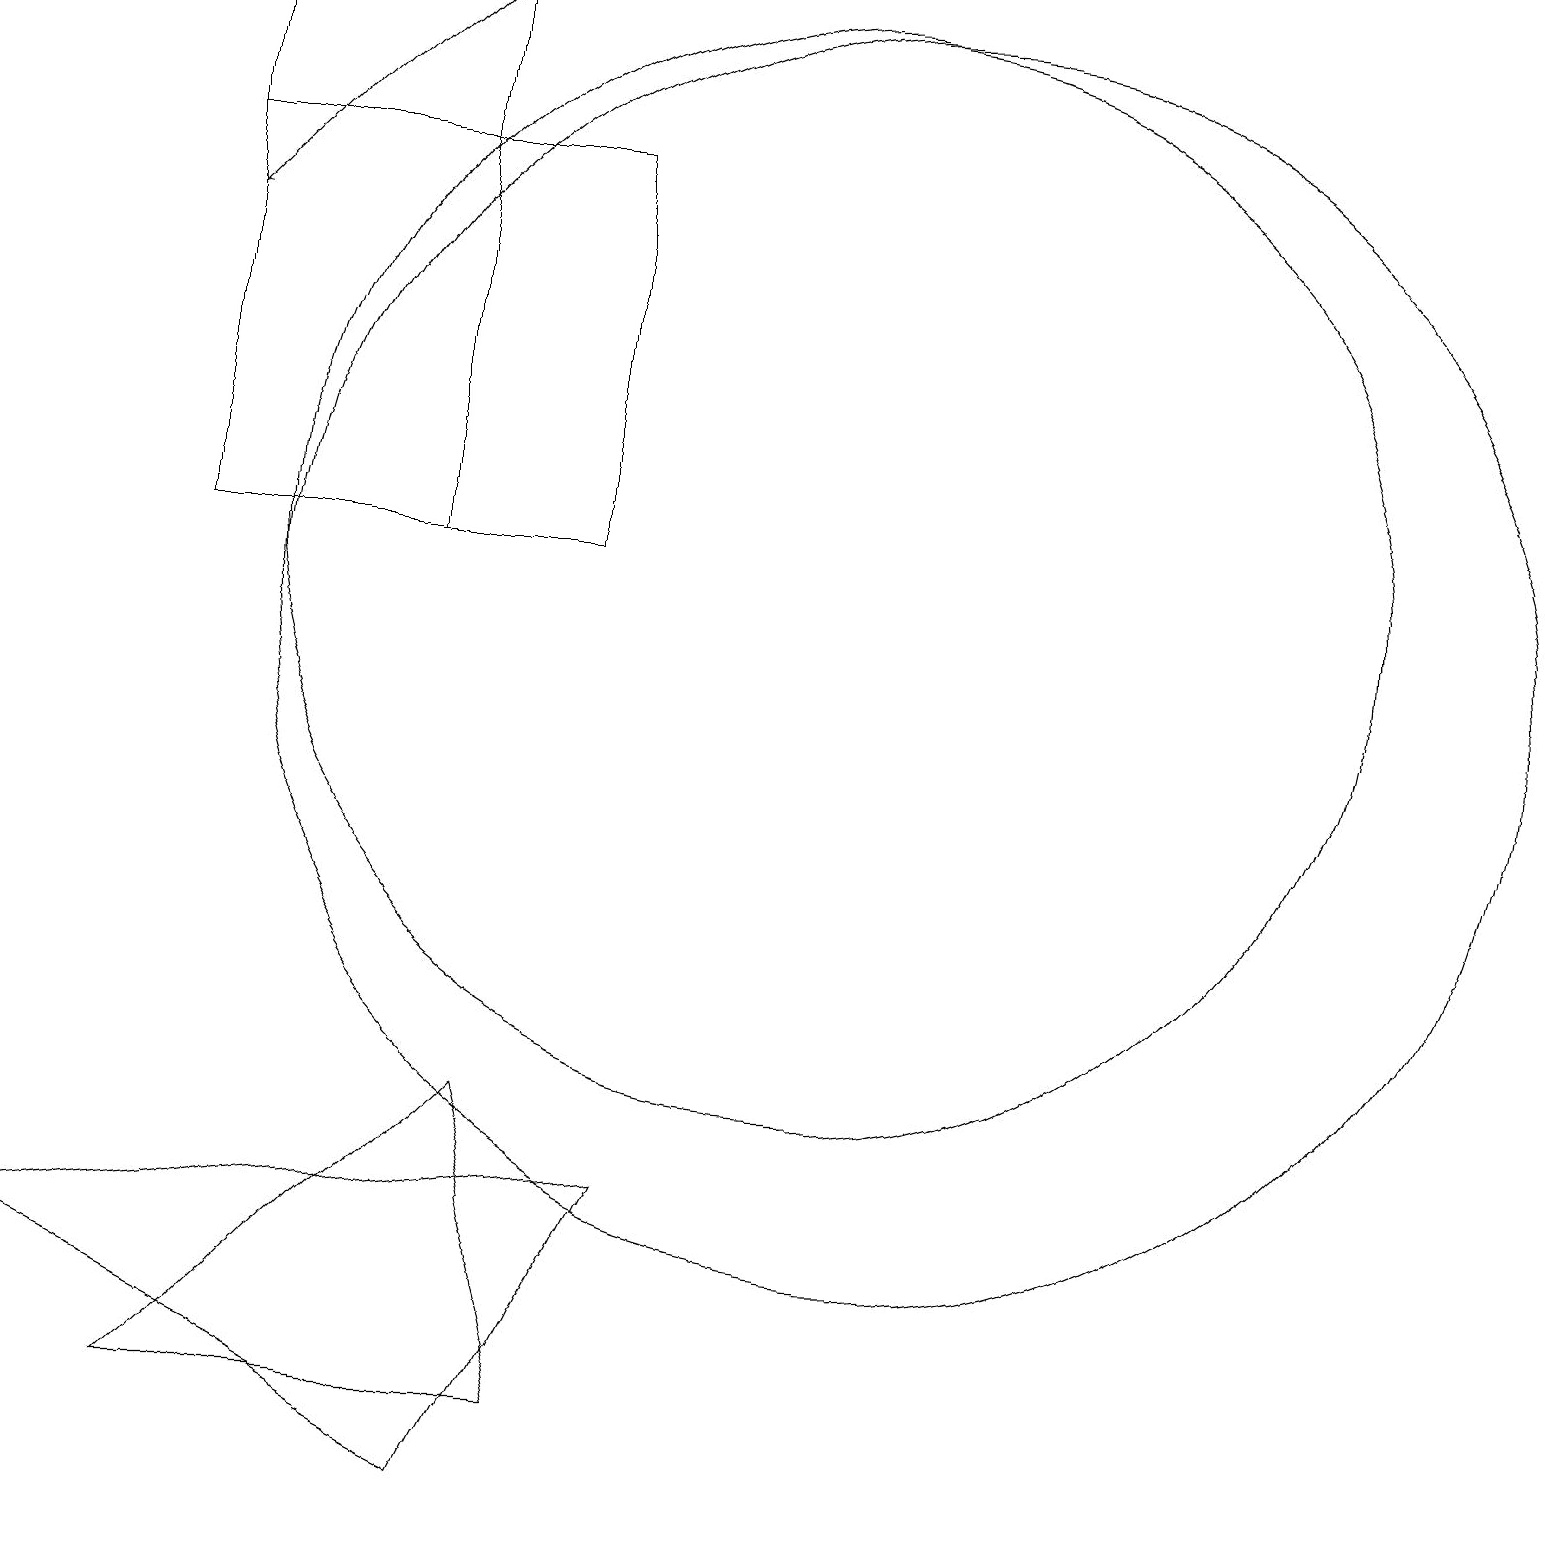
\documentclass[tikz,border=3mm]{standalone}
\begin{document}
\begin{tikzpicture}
\draw (7,17) rectangle (2,12);
\draw (6,5) -- (7,1) -- (2,1) -- cycle;
\draw (2,19) rectangle (5,12);
\draw (11,11) circle (8);
\draw (0,3) -- (6,0) -- (8,4) -- cycle;
\draw (10,12) circle (7);
\draw[->] (5,19) -- (2,16);
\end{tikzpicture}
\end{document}